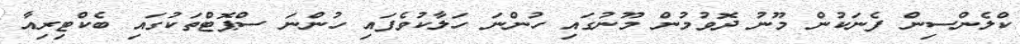
ކްލެންސިން ފެނަކުން މޫނު ދޮވުމުން މޫނުގައި ހުންނަ ހަލާކުވެފައި ހުންނަ ސްޕޮޓްތަކުގައި ބެކްޓިރިއާ